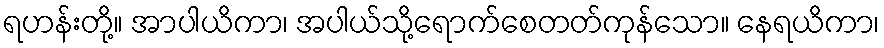
ရဟန်းတို့။ အာပါယိကာ၊ အပါယ်သို့ရောက်စေတတ်ကုန်သော။ နေရယိကာ၊